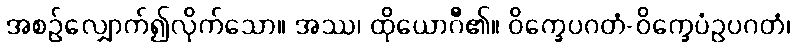
အစဉ်လျှောက်၍လိုက်သော။ အဿ၊ ထိုယောဂီ၏။ ဝိက္ခေပဂတံ-ဝိက္ခေပံဥပဂတံ၊